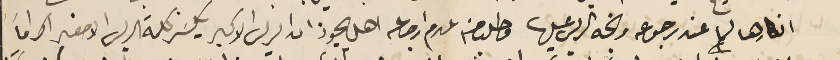
انكارها لما عند رجوعه وبخه الريس عليها وطلب منه عدم ارجاعه اهل يجوز ان الريس الاكبر يكسَر كلمة الريس الاصغر اكراماً